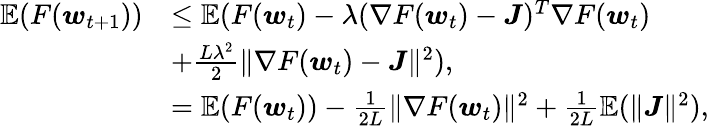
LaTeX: \begin{array}{rl}{\mathbb{E}(F(\boldsymbol{w}_{t+1}))}&{\le\mathbb{E}(F(\boldsymbol{w}_{t})-\lambda(\nabla F(\boldsymbol{w}_{t})-\boldsymbol{J})^{T}\nabla F(\boldsymbol{w}_{t})}\\ &{+\frac{L\lambda^{2}}{2}\| \nabla F(\boldsymbol{w}_{t})-\boldsymbol{J}\| ^{2}),}\\ &{=\mathbb{E}(F(\boldsymbol{w}_{t}))-\frac{1}{2L}\| \nabla F(\boldsymbol{w}_{t})\| ^{2}+\frac{1}{2L}\mathbb{E}(\| \boldsymbol{J}\| ^{2}),}\end{array}